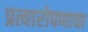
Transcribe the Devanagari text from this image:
प्रत्यारोपणाचा